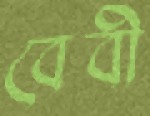
বেবী